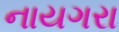
નાયગરા